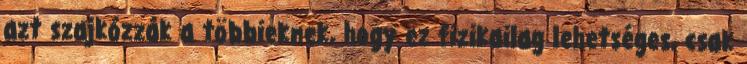
azt szajkózzák a többieknek, hogy ez fizikailag lehetséges, csak